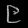
Digit: ၉